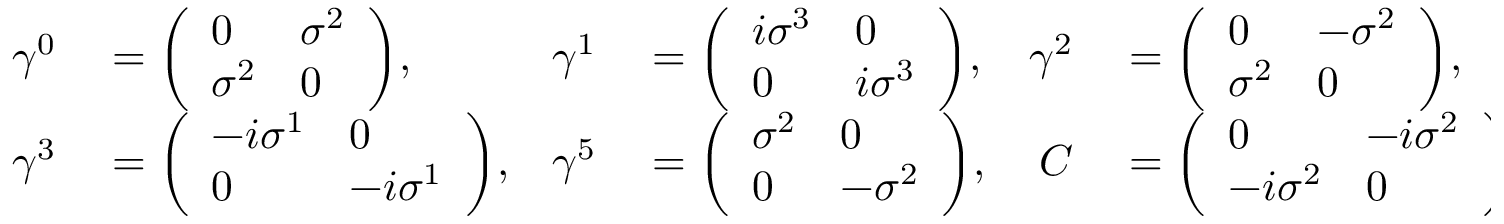
\begin{array} { r l r l r l } { \gamma ^ { 0 } } & { { } = { \left( \begin{array} { l l } { 0 } & { \sigma ^ { 2 } } \\ { \sigma ^ { 2 } } & { 0 } \end{array} \right) } , } & { \gamma ^ { 1 } } & { { } = { \left( \begin{array} { l l } { i \sigma ^ { 3 } } & { 0 } \\ { 0 } & { i \sigma ^ { 3 } } \end{array} \right) } , } & { \gamma ^ { 2 } } & { { } = { \left( \begin{array} { l l } { 0 } & { - \sigma ^ { 2 } } \\ { \sigma ^ { 2 } } & { 0 } \end{array} \right) } , } \\ { \gamma ^ { 3 } } & { { } = { \left( \begin{array} { l l } { - i \sigma ^ { 1 } } & { 0 } \\ { 0 } & { - i \sigma ^ { 1 } } \end{array} \right) } , } & { \gamma ^ { 5 } } & { { } = { \left( \begin{array} { l l } { \sigma ^ { 2 } } & { 0 } \\ { 0 } & { - \sigma ^ { 2 } } \end{array} \right) } , } & { C } & { { } = { \left( \begin{array} { l l } { 0 } & { - i \sigma ^ { 2 } } \\ { - i \sigma ^ { 2 } } & { 0 } \end{array} \right) } , } \end{array}